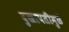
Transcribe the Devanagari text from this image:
दुखापतीमुळं